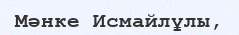
Мәнке Исмайлұлы,